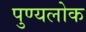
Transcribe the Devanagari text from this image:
पुण्यलोक